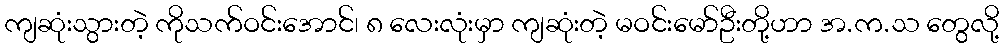
ကျဆုံးသွားတဲ့ ကိုသက်ဝင်းအောင်၊ ၈ လေးလုံးမှာ ကျဆုံးတဲ့ မဝင်းမော်ဦးတို့ဟာ အ.က.သ တွေလို့